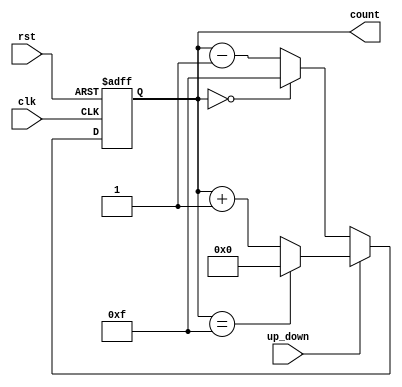
module UpDownCounter #(
    parameter WIDTH = 4,               // Width of the counter in bits
    parameter MAX_COUNT = (1 << WIDTH) // Maximum count value (2^WIDTH - 1)
) (
    input wire clk,                    // Clock signal
    input wire rst,                    // Asynchronous reset
    input wire up_down,                // Control signal (1 for up, 0 for down)
    output reg [WIDTH-1:0] count       // Count output
);

// Asynchronous reset and counting logic
always @(posedge clk or posedge rst) begin
    if (rst) begin
        count <= 0;                    // Reset counter to zero
    end else begin
        if (up_down) begin              // Count up
            if (count == MAX_COUNT - 1) // Check for overflow
                count <= 0;            // Wrap around
            else
                count <= count + 1;    // Increment
        end else begin                  // Count down
            if (count == 0)             // Check for underflow
                count <= MAX_COUNT - 1; // Wrap around
            else
                count <= count - 1;    // Decrement
        end
    end
end

endmodule